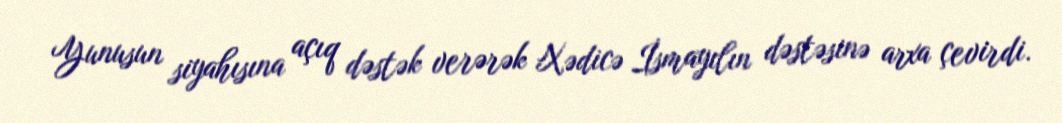
Yunusun siyahısına açıq dəstək verərək Xədicə İsmayılın dəstəsinə arxa çevirdi.